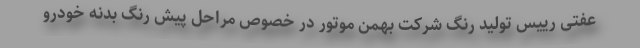
عفتی رییس تولید رنگ شرکت بهمن موتور در خصوص مراحل پیش رنگ بدنه خودرو